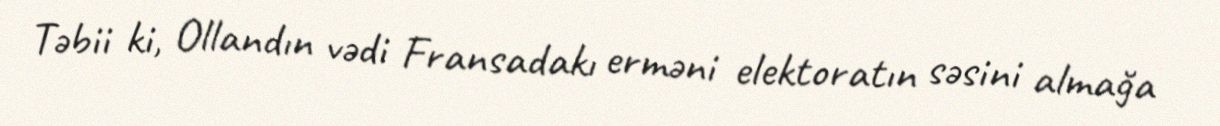
Təbii ki, Ollandın vədi Fransadakı erməni elektoratın səsini almağa